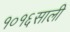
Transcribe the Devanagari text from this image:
१०१६साली